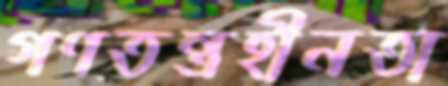
গণতন্ত্রহীনতা